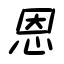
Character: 恩